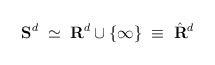
\begin{align*}{\bf S}^{d}\;\simeq\;{\bf R}^{d}\cup\{\infty\}\;\equiv\; \hat{{\bf R}}^{d}\end{align*}